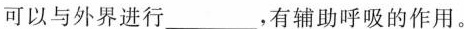
可以与外界进行___，有辅助呼吸的作用。